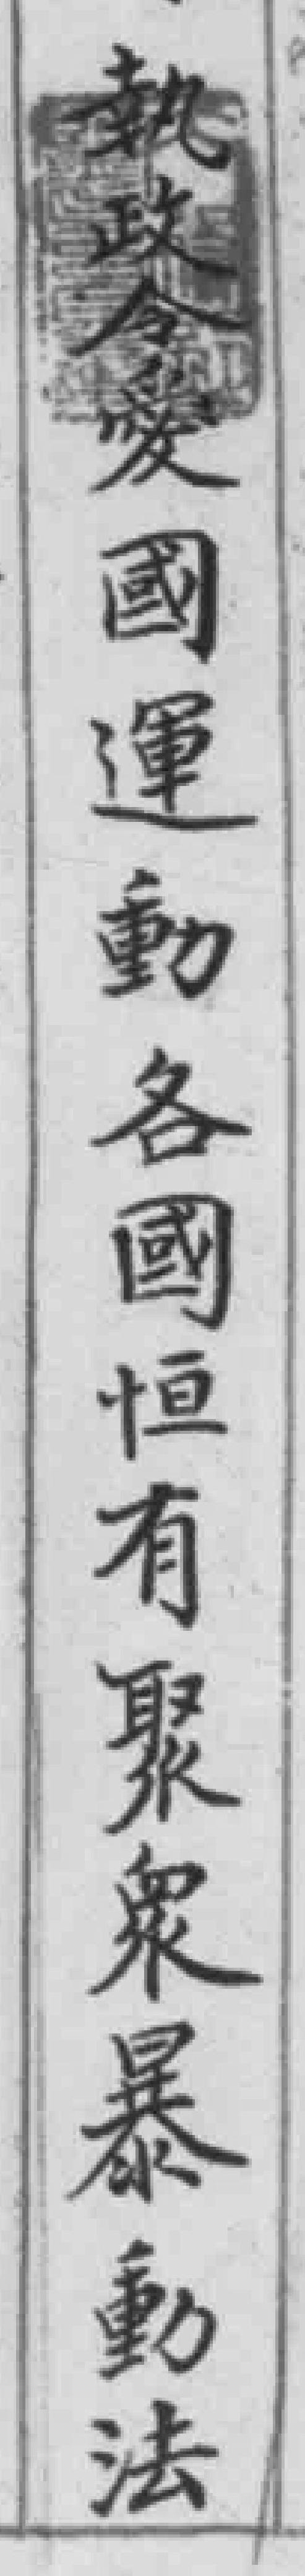
執政今愛國運動各國恒有聚衆暴動法